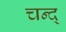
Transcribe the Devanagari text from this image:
चन्द्